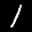
Label: 1